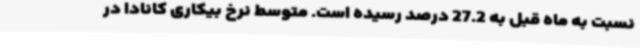
نسبت به ماه قبل به 27.2 درصد رسیده است. متوسط نرخ بیکاری کانادا در